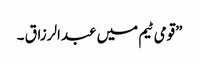
”قومی ٹیم میں عبدالرزاق ۔